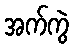
အက်ကွဲ